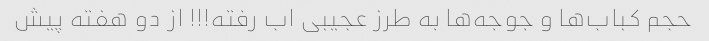
حجم کباب‌ها و جوجه‌ها به طرز عجیبی اب رفته!!! از دو هفته پیش